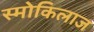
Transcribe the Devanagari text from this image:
स्मोकिलाज